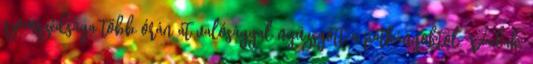
szomszédsága több órán át valósággal nyüzsgött a patkányoktól. Vadak,